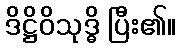
ဒိဋ္ဌိဝိသုဒ္ဓိ ပြီး၏။